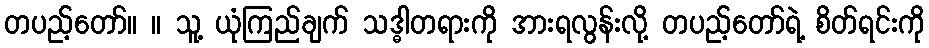
တပည့်တော်။ ။ သူ့ ယုံကြည်ချက် သဒ္ဓါတရားကို အားရလွန်းလို့ တပည့်တော်ရဲ့ စိတ်ရင်းကို